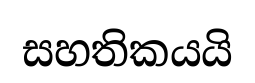
සහතිකයයි